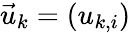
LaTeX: {{\vec{u}}_{k}}=\left({{u}_{k,i}}\right)